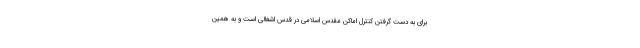
برای به دست گرفتن کنترل اماکن مقدس اسلامی در قدس اشغالی است و به همین